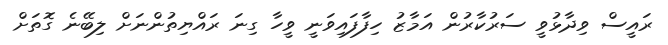
ރައީސް ވިދާޅުވީ ސަރުކާރުން އަމާޒު ހިފާފައިވަނީ ވީހާ ގިނަ ރައްޔިތުންނަށް ލިބޭނެ ގޮތަށް